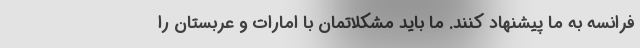
فرانسه به ما پیشنهاد کنند. ما باید مشکلاتمان با امارات و عربستان را